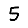
Digit: 5